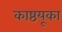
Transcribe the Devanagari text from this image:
काष्ठयूका